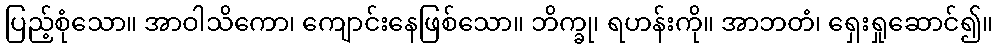
ပြည့်စုံသော။ အာဝါသိကော၊ ကျောင်းနေဖြစ်သော။ ဘိက္ခု၊ ရဟန်းကို။ အာဘတံ၊ ရှေးရှုဆောင်၍။